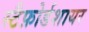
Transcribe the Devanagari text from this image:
स्टैफ़ोर्डशायर